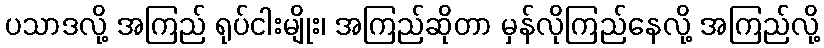
ပသာဒလို့ အကြည် ရုပ်ငါးမျိုး၊ အကြည်ဆိုတာ မှန်လိုကြည်နေလို့ အကြည်လို့